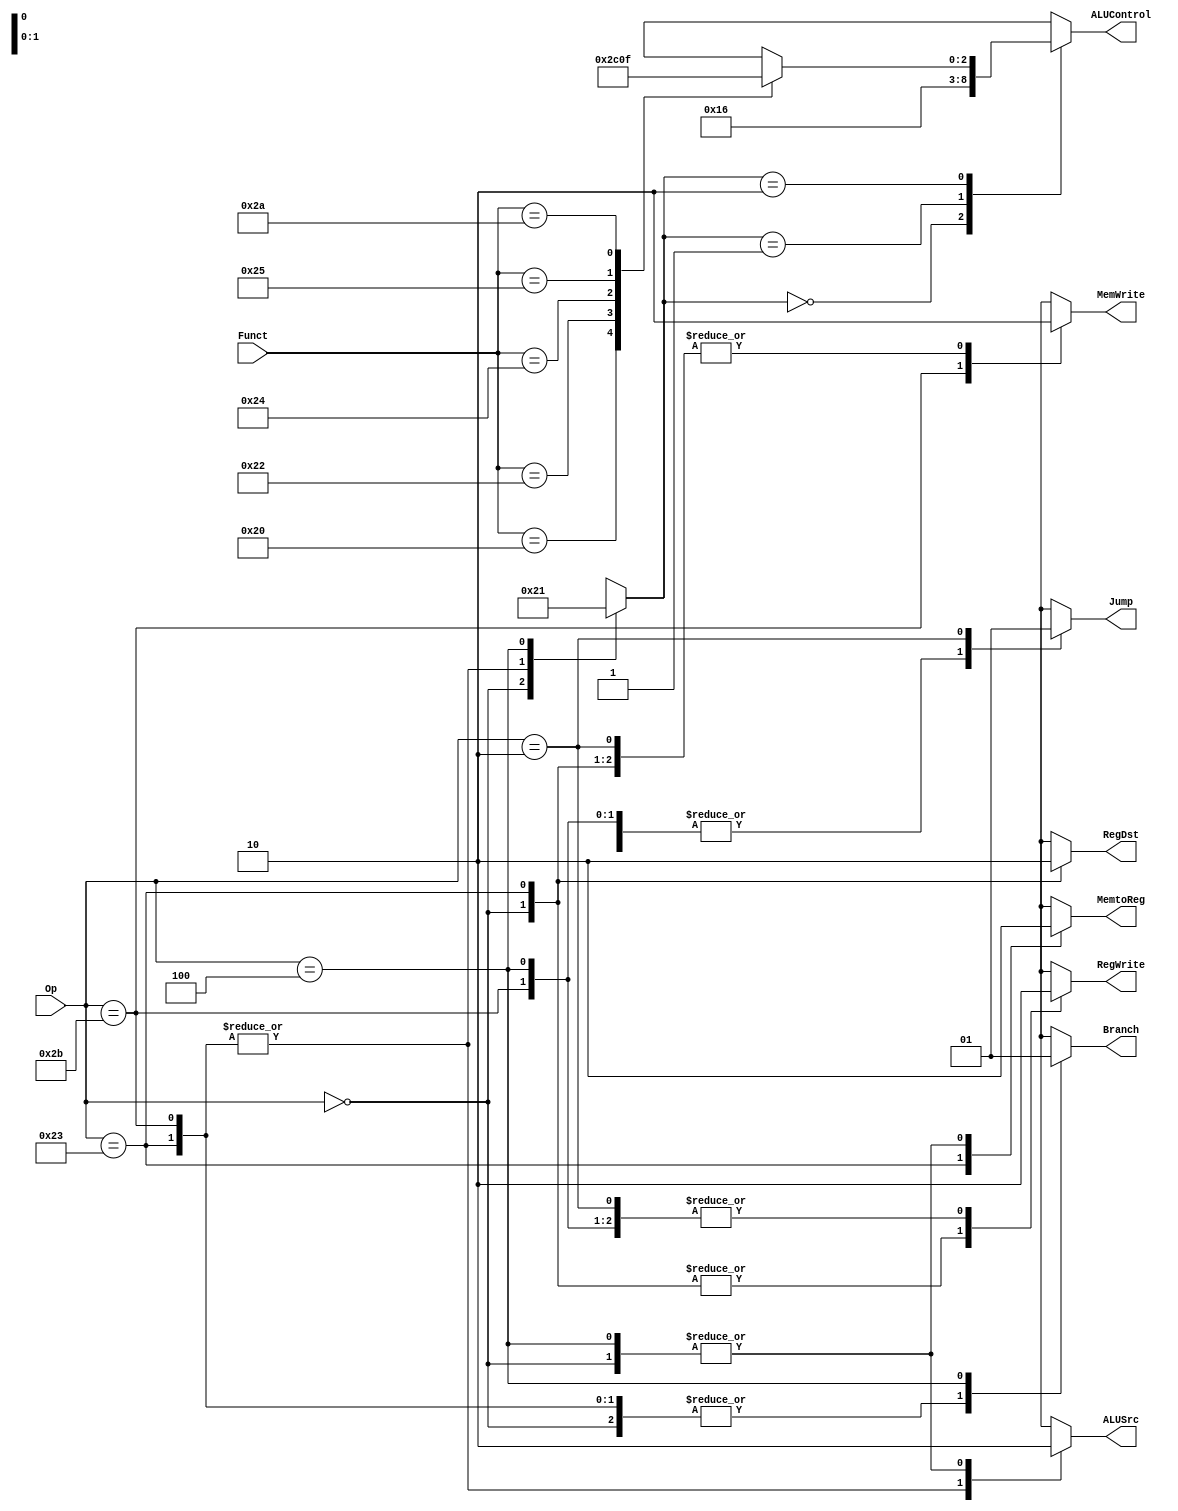
module Control_Unit
(
	input      [31:26] Op, //tamanho [5:0]
	input      [ 5: 0] Funct,
	output reg 			 MemtoReg, MemWrite, Branch,
	output reg [ 2: 0] ALUControl,
	output reg			 ALUSrc, RegDst, RegWrite, Jump
);

reg [ 1: 0] ALUOp;

always @ (*) begin
	case (Op)
			 6'b000000 : begin                        // R-type
						RegWrite <= 1'b1;
						RegDst   <= 1'b1;
						ALUSrc   <= 1'b0;
						Branch   <= 1'b0;
						MemWrite <= 1'b0;
						MemtoReg <= 1'b0;
						ALUOp    <= 2'b10;
						Jump 		<= 1'b0;
					end
			 6'b100011 : begin                        // lw
						RegWrite <= 1'b1;
						RegDst   <= 1'b0;
						ALUSrc   <= 1'b1;
						Branch   <= 1'b0;
						MemWrite <= 1'b0;
						MemtoReg <= 1'b1;
						ALUOp    <= 2'b00;
						Jump 		<= 1'b0;
					end
			 6'b101011 : begin                        // sw
						RegWrite <= 1'b0;
						RegDst   <= 1'bx;
						ALUSrc   <= 1'b1;
						Branch   <= 1'b0;
						MemWrite <= 1'b1;
						MemtoReg <= 1'bx;
						ALUOp    <= 2'b00;
						Jump 		<= 1'b0;
						
					end
			 6'b000100 : begin                        // beq
						RegWrite <= 1'b0;
						RegDst   <= 1'bx;
						ALUSrc   <= 1'b0;
						Branch   <= 1'b1;
						MemWrite <= 1'bx;
						MemtoReg <= 1'b0;
						ALUOp    <= 2'b1;
						Jump 		<= 1'b0;
							
					end
			 6'b000010 : begin                        // j
						RegWrite <= 1'b0;
						RegDst   <= 1'bx;
						ALUSrc   <= 1'bx;
						Branch   <= 1'bx;
						MemWrite <= 1'b0;
						MemtoReg <= 1'bx;
						ALUOp    <= 2'bxx;
						Jump 		<= 1'b1;
							
					end
		default: begin
						RegWrite <= 1'bx;
						RegDst   <= 1'bx;
						ALUSrc   <= 1'bx;
						Branch   <= 1'bx;
						MemWrite <= 1'bx;
						MemtoReg <= 1'bx;
						ALUOp    <= 2'bx;
						Jump 		<= 1'bx;
					end
	endcase
end


reg [2:0] fio;
always @ (*) begin 

	case(ALUOp)
		2'b00: ALUControl <= 3'b010; // add
		2'b01: ALUControl <= 3'b110; // subtract
		2'b10: ALUControl <= fio;
		2'b11: ALUControl <= 3'bx;
endcase		

end


always @ (*) begin
	case (Funct)
			 6'b100000 : begin                      //add  
						fio <= 3'b010;
					end
			 6'b100010 : begin                      //sub  
						fio <= 3'b110;
					end
			 6'b100100 : begin                      //and  
						fio <= 3'b000;
					end
					
			 6'b100101 : begin                      //or 
						fio <= 3'b001;
					end
			 6'b101010 : begin                      //slt  
						fio <= 3'b111;
					end
		default: begin
						fio <= 3'bx;
					end
	endcase
end

endmodule